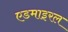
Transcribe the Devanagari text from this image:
एडमाइरल